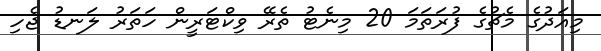
މިއަދުގެ މެޗުގެ ފުރަތަމަ 20 މިނެޓު ތެރޭ ވިކްޓަރީން ހަތަރު ލަނޑު ޖެހި